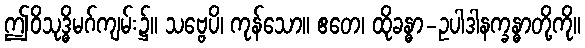
ဤဝိသုဒ္ဓိမဂ်ကျမ်း၌။ သဗ္ဗေပိ၊ ကုန်သော။ ဧတေ၊ ထိုခန္ဓာ-ဥပါဒါနက္ခန္ဓာတို့ကို။